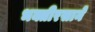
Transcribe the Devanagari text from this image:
भक्तीरसाने